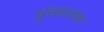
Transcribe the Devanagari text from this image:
सुंसवादाचा